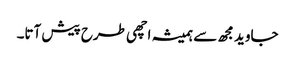
جاوید مجھ سے ہمیشہ اچھی طرح پیش آتا۔